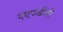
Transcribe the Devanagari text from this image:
एएफडीबी